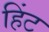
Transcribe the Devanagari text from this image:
हिंट